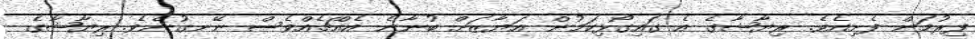
ފިރުމަން ފެށިއެވެ. ރިޔާޝާގެ އެ ގައިގޯޅިކަމުން އަޔާޒަށް ބުނާނެ އެއްޗެއްވެސް ނޭނގުނެވެ. ރިޔާޝާގެ